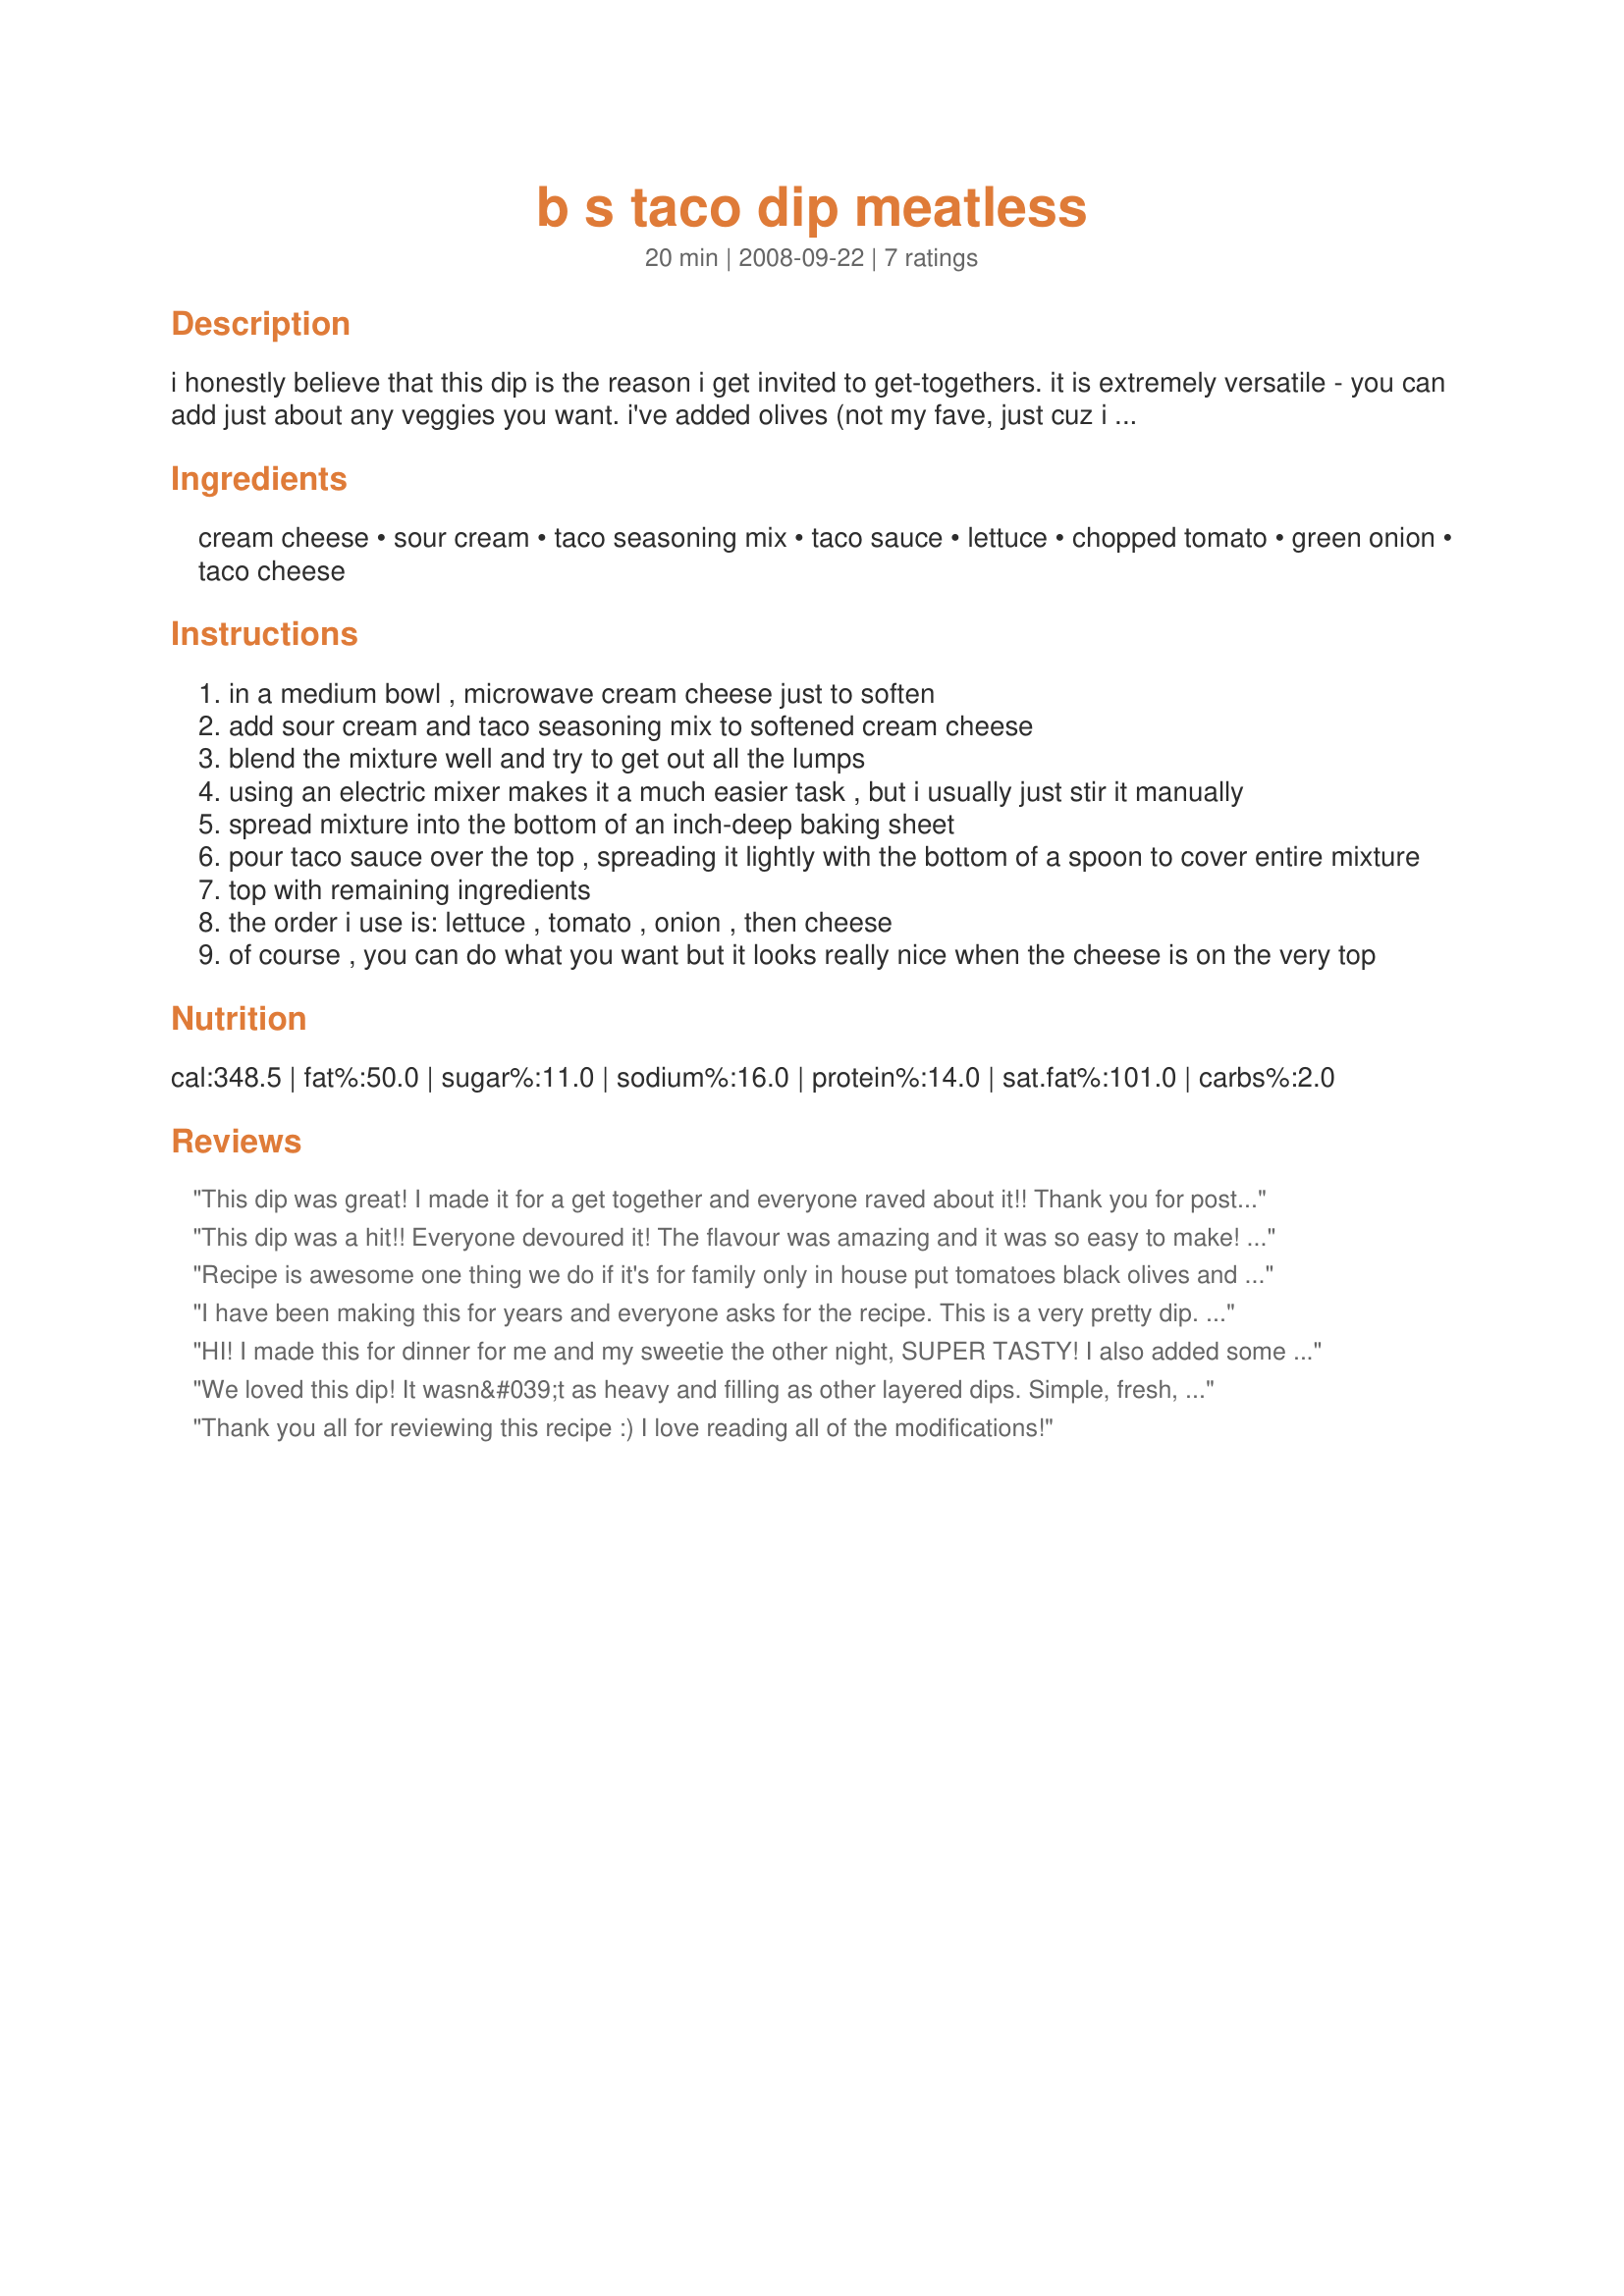
b s taco dip meatless
Preparation time: 20 minutes

i honestly believe that this dip is the reason i get invited to get-togethers. it is extremely versatile - you can add just about any veggies you want. i've added olives (not my fave, just cuz i don't like them), jalapenos, and cilantro (delicious if you like it!) and avocado all to rave reviews. by the time you've made it once, you will easily be able to take liberties to adjust it to your taste. enjoy! comment with any feedback or tweeking you may have done! served with tortilla chips. my rule of thumb is one bag of chips per pan.

Ingredients:
cream cheese, sour cream, taco seasoning mix, taco sauce, lettuce, chopped tomato, green onion, taco cheese

Steps:
in a medium bowl , microwave cream cheese just to soften
add sour cream and taco seasoning mix to softened cream cheese
blend the mixture well and try to get out all the lumps
using an electric mixer makes it a much easier task , but i usually just stir it manually
spread mixture into the bottom of an inch-deep baking sheet
pour taco sauce over the top , spreading it lightly with the bottom of a spoon to cover entire mixture
top with remaining ingredients
the order i use is: lettuce , tomato , onion , then cheese
of course , you can do what you want but it looks really nice when the cheese is on the very top

Reviews:
This dip was great! I made it for a get together and everyone raved about it!! Thank you for posting!
This dip was a hit!! Everyone devoured it! The flavour was amazing and it was so easy to make! It is a new family favourite.
Recipe is awesome one thing we do if it's for family only in house put tomatoes black olives and anything that sticks to dip first so it's easier to eat and will leave lettuce off to take as you go doesn't get soggy
I have been making this for years and everyone asks for the recipe. This is a very pretty dip. I usually layer in the following order dip, salsa, shredded lettuce, cheese, tomato, black olive, green onion. Sometimes I sprinkle a little bit of cilantro and additional cheese for color.
HI! I made this for dinner for me and my sweetie the other night, SUPER TASTY! I also added some cilantro + black olives. yummy :>
I'm sure i'll make it again.
thanks for posting!!!
We loved this dip! It wasn&#039;t as heavy and filling as other layered dips. Simple, fresh, light and delicious. Thanks for posting the recipe.
Thank you all for reviewing this recipe :) I love reading all of the modifications!
